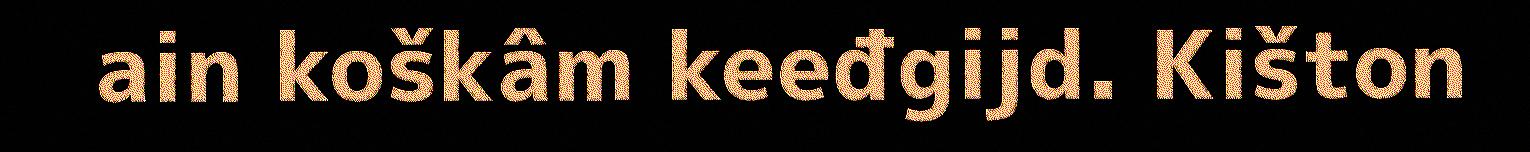
ain koškâm keeđgijd. Kišton